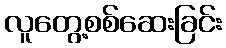
လူတွေ့စစ်ဆေးခြင်း